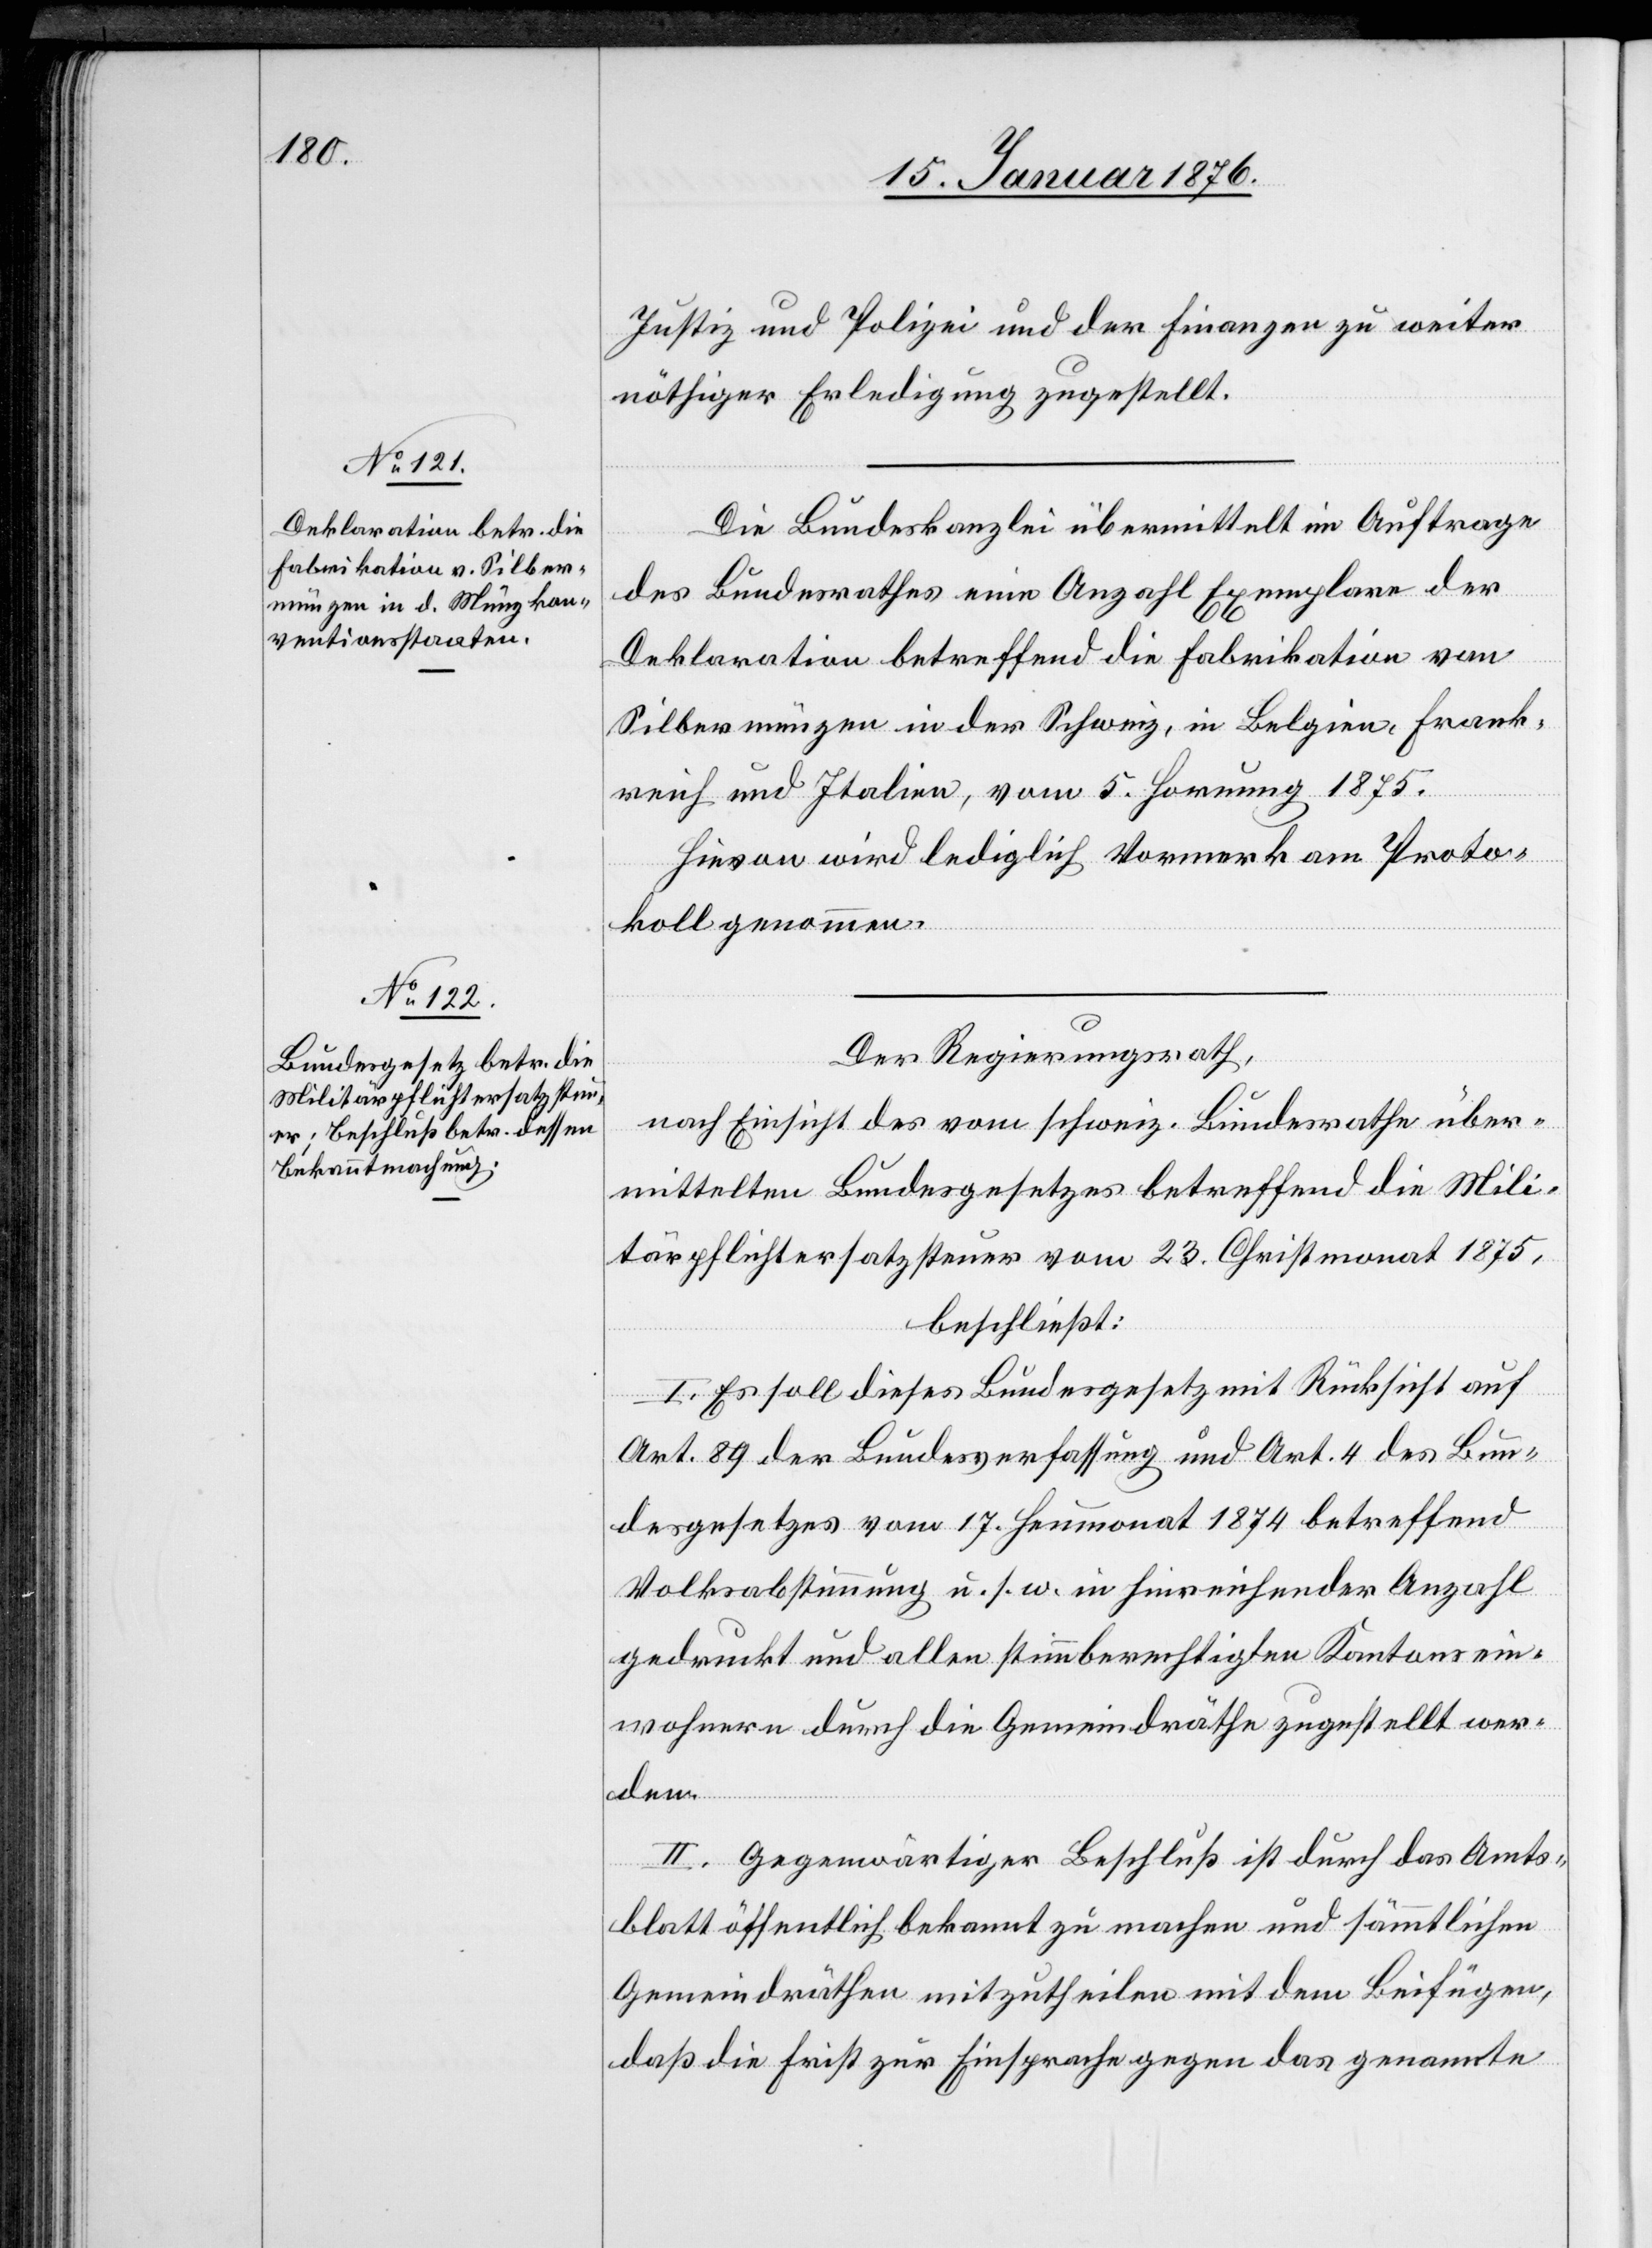
Justiz und Polizei und der Finanzen zu weiter
nöthiger Erledigung zugestellt.
Die Bundeskanzlei übermittelt im Auftrage
des Bundesrathes eine Anzahl Exemplare der
Deklaration betreffend die Fabrikation von
Silbermünzen in der Schweiz, in Belgien, Frank¬
reich und Italien, vom 5. Hornung 1875.
Hievon wird lediglich Vormerk am Proto¬
koll genommen.
Der Regierungsrath,
nach Einsicht des vom schweiz. Bundesrathe über¬
mittelten Bundesgesetzes betreffend die Mili¬
tärpflichtersatzsteuer vom 23. Christmonat 1875,
beschließt:
I. Es soll dieses Bundesgesetz mit Rücksicht auf
Art. 89 der Bundesverfassung und Art. 4 des Bun¬
desgesetzes vom 17. Heumonat 1874 betreffend
Volksabstimmung u. s. w. in hinreichender Anzahl
gedruckt und allen stimmberechtigten Kantonsein¬
wohnern durch die Gemeindräthe zugestellt wer¬
den.
II. Gegenwärtiger Beschluß ist durch das Amts¬
blatt öffentlich bekannt zu machen und sämmtlichen
Gemeindräthen mitzutheilen mit dem Beifügen,
daß die Frist zur Einsprache gegen das genannte